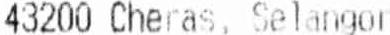
43200 CHERAS, SELANGOR